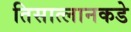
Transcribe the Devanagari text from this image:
तिसात्लानकडे